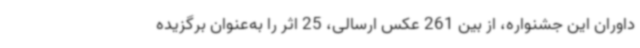
داوران این جشنواره، از بین 261 عکس ارسالی، 25 اثر را به‌عنوان برگزیده